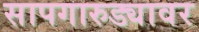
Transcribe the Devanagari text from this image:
सापगारुड्यावर